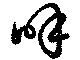
呼